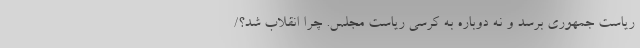
ریاست جمهوری برسد و نه دوباره به کرسی ریاست مجلس. چرا انقلاب شد؟/